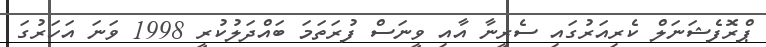
ޕްރޮފެޝަނަލް ކެރިއަރުގައި ސެރީނާ އާއި ވީނަސް ފުރަތަމަ ބައްދަލުކުރީ 1998 ވަނަ އަހަރުގަ